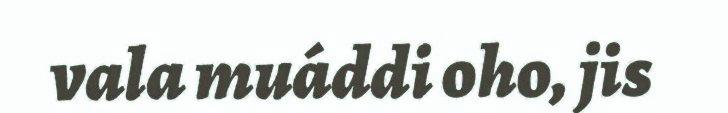
vala muáddi oho, jis